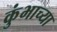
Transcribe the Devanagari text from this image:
कुंभाच्या